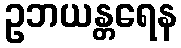
ဥဘယန္တရေန